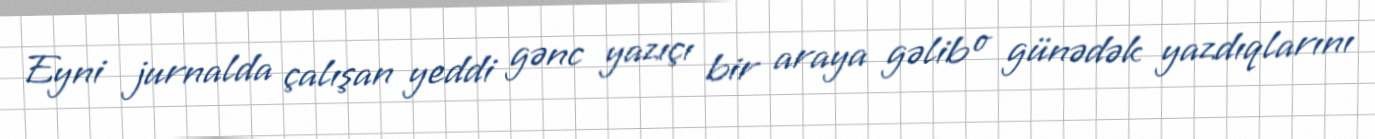
Eyni jurnalda çalışan yeddi gənc yazıçı bir araya gəlib o günədək yazdıqlarını